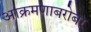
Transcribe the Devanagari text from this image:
आक्रमणाबरोबर